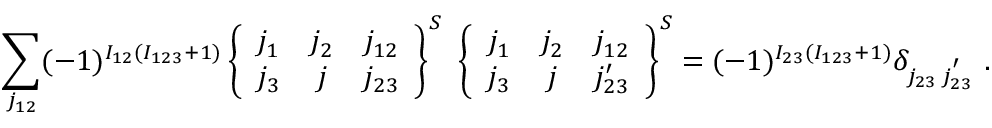
\sum _ { j _ { 1 2 } } ( - 1 ) ^ { I _ { 1 2 } ( I _ { 1 2 3 } + 1 ) } \left\{ \begin{array} { c c c } { { j _ { 1 } } } & { { j _ { 2 } } } & { { j _ { 1 2 } } } \\ { { j _ { 3 } } } & { { j } } & { { j _ { 2 3 } } } \end{array} \right\} ^ { S } ~ \left\{ \begin{array} { c c c } { { j _ { 1 } } } & { { j _ { 2 } } } & { { j _ { 1 2 } } } \\ { { j _ { 3 } } } & { { j } } & { { j _ { 2 3 } ^ { \prime } } } \end{array} \right\} ^ { S } = ( - 1 ) ^ { I _ { 2 3 } ( I _ { 1 2 3 } + 1 ) } \delta _ { j _ { 2 3 } \, j _ { 2 3 } ^ { ' } } ~ .